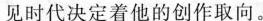
见时代决定着他的创作取向。